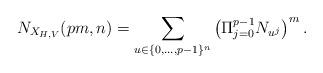
LaTeX: \begin{align*}N_{X_{H,V}} (pm,n) = \sum_{u \in \{0,\dots,p-1\}^n} \left( \Pi_{j=0}^{p-1} N_{u^j} \right)^m.\end{align*}